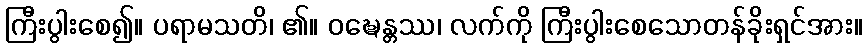
ကြီးပွါးစေ၍။ ပရာမသတိ၊ ၏။ ဝဍ္ဎေန္တဿ၊ လက်ကို ကြီးပွါးစေသောတန်ခိုးရှင်အား။